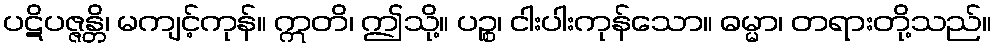
ပဋိပဇ္ဇန္တိ၊ မကျင့်ကုန်။ ဣတိ၊ ဤသို့။ ပဉ္စ၊ ငါးပါးကုန်သော။ ဓမ္မာ၊ တရားတို့သည်။